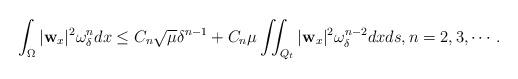
LaTeX: \begin{align*} &\int_\Omega|\mathbf{w}_x|^2 \omega_\delta ^n dx \leq C_n \sqrt{\mu}\delta^{n-1} + C_n\mu\iint_{Q_t} |\mathbf{w}_x|^2 \omega_\delta ^{n-2} dxds,n=2,3,\cdots. \end{align*}